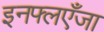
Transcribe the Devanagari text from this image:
इनफ्लएँजा